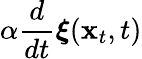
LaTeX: \alpha\frac{d}{dt}\boldsymbol{\xi}({\mathbf{x}}_{t},t)